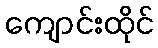
ကျောင်းထိုင်